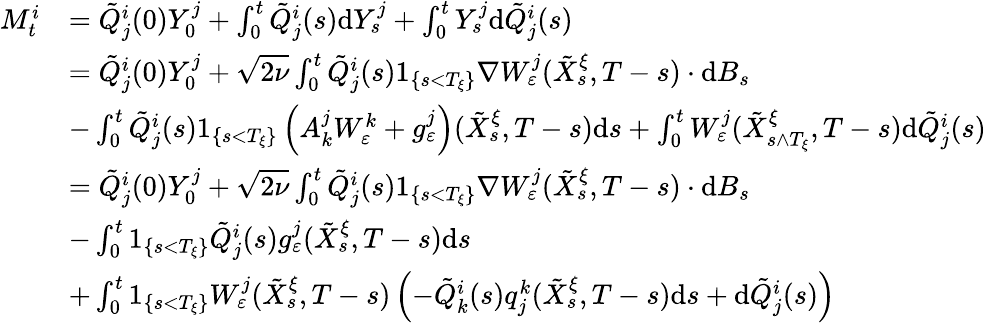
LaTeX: \begin{array}{rl}{M_{t}^{i}}&{=\tilde{Q}_{j}^{i}(0)Y_{0}^{j}+\int_{0}^{t}\tilde{Q}_{j}^{i}(s)\textrm{d}Y_{s}^{j}+\int_{0}^{t}Y_{s}^{j}\textrm{d}\tilde{Q}_{j}^{i}(s)}\\ &{=\tilde{Q}_{j}^{i}(0)Y_{0}^{j}+\sqrt{2\nu}\int_{0}^{t}\tilde{Q}_{j}^{i}(s)1_{\{ s<T_{\xi}\} }\nabla W_{\varepsilon}^{j}(\tilde{X}_{s}^{\xi},T-s)\cdot\textrm{d}B_{s}}\\ &{-\int_{0}^{t}\tilde{Q}_{j}^{i}(s)1_{\{ s<T_{\xi}\} }\left(A_{k}^{j}W_{\varepsilon}^{k}+g_{\varepsilon}^{j}\right)(\tilde{X}_{s}^{\xi},T-s)\textrm{d}s+\int_{0}^{t}W_{\varepsilon}^{j}(\tilde{X}_{s\wedge T_{\xi}}^{\xi},T-s)\textrm{d}\tilde{Q}_{j}^{i}(s)}\\ &{=\tilde{Q}_{j}^{i}(0)Y_{0}^{j}+\sqrt{2\nu}\int_{0}^{t}\tilde{Q}_{j}^{i}(s)1_{\{ s<T_{\xi}\} }\nabla W_{\varepsilon}^{j}(\tilde{X}_{s}^{\xi},T-s)\cdot\textrm{d}B_{s}}\\ &{-\int_{0}^{t}1_{\{ s<T_{\xi}\} }\tilde{Q}_{j}^{i}(s)g_{\varepsilon}^{j}(\tilde{X}_{s}^{\xi},T-s)\textrm{d}s}\\ &{+\int_{0}^{t}1_{\{ s<T_{\xi}\} }W_{\varepsilon}^{j}(\tilde{X}_{s}^{\xi},T-s)\left(-\tilde{Q}_{k}^{i}(s)q_{j}^{k}(\tilde{X}_{s}^{\xi},T-s)\textrm{d}s+\textrm{d}\tilde{Q}_{j}^{i}(s)\right)}\end{array}